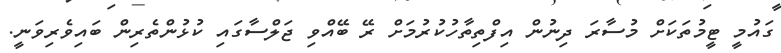
ގައުމީ ޓީމުތަކަށް މުސާރަ ދިނުން އިފްތިތާހުކުރުމަށް ރޭ ބޭއްވި ޖަލްސާގައި ކުޅުންތެރިން ބައިވެރިވަނީ.